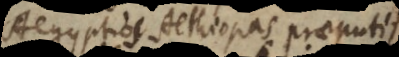
Aegyptios, Aethiopas praeputi